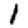
Digit: 1